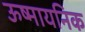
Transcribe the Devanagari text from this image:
ऊष्मायनिक